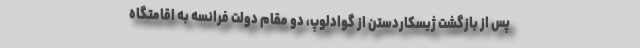
پس از بازگشت ژیسکاردستن از گوادلوپ، دو مقام دولت فرانسه به اقامتگاه